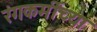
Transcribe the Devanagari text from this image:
रंगकर्मींच्या